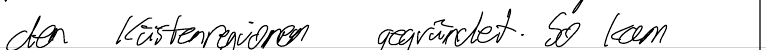
den Küstenregionen gegründet. So kam